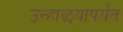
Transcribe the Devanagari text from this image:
उन्हाळ्यापर्यंत